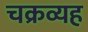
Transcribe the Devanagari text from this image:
चक्रव्यह